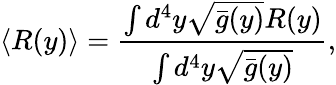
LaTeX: \langle R(y)\rangle=\frac{\int d^{4}y\sqrt{\bar{g}(y)}R(y)}{\int d^{4}y\sqrt{\bar{g}(y)}},